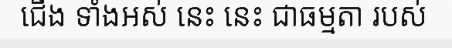
ជើង ទាំងអស់ នេះ នេះ ជាធម្មតា របស់